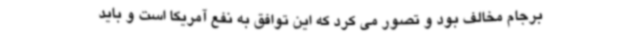
برجام مخالف بود و تصور می کرد که این توافق به نفع آمریکا است و باید